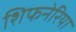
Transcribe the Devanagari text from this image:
शिफनेरिया